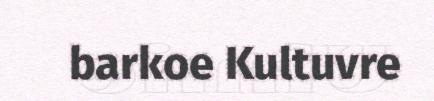
barkoe Kultuvre